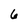
Character: 6